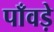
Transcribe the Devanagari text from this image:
पाँवड़े